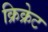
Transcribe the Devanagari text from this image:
क्रिक्रेट